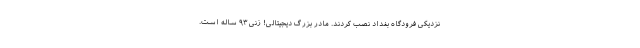
نزدیکی فرودگاه بغداد نصب کردند. مادر بزرگ دیجیتالی! زنی ۹۳ ساله است.